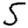
Digit: 5